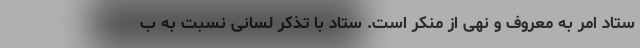
ستاد امر به معروف و نهی از منکر است. ستاد با تذکر لسانی نسبت به ب